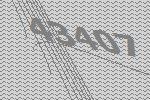
43407